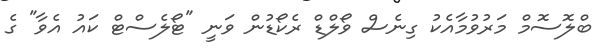
ބްލޮސޮމް މަރުވުމާއެކު ގިނެސް ވޯލްޑް ރެކޯޑުން ވަނީ "ޓޯލެސްޓް ކައު އެވާ" ގެ